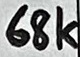
Text: 68k